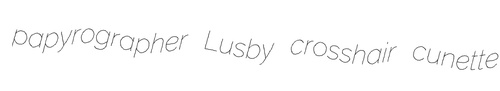
papyrographer Lusby crosshair cunette